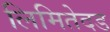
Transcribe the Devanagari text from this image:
लिमितेदड